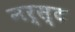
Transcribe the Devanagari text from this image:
नर्स्ट